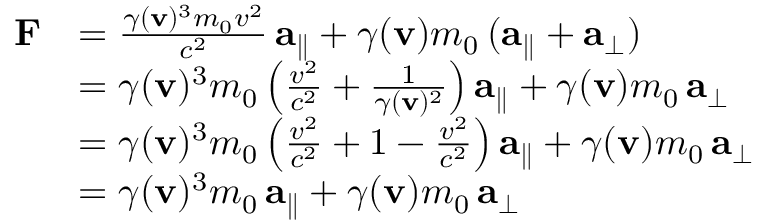
{ \begin{array} { r l } { \mathbf { F } } & { = { \frac { \gamma ( \mathbf { v } ) ^ { 3 } m _ { 0 } v ^ { 2 } } { c ^ { 2 } } } \, \mathbf { a } _ { \parallel } + \gamma ( \mathbf { v } ) m _ { 0 } \, ( \mathbf { a } _ { \parallel } + \mathbf { a } _ { \perp } ) } \\ & { = \gamma ( \mathbf { v } ) ^ { 3 } m _ { 0 } \left( { \frac { v ^ { 2 } } { c ^ { 2 } } } + { \frac { 1 } { \gamma ( \mathbf { v } ) ^ { 2 } } } \right) \mathbf { a } _ { \parallel } + \gamma ( \mathbf { v } ) m _ { 0 } \, \mathbf { a } _ { \perp } } \\ & { = \gamma ( \mathbf { v } ) ^ { 3 } m _ { 0 } \left( { \frac { v ^ { 2 } } { c ^ { 2 } } } + 1 - { \frac { v ^ { 2 } } { c ^ { 2 } } } \right) \mathbf { a } _ { \parallel } + \gamma ( \mathbf { v } ) m _ { 0 } \, \mathbf { a } _ { \perp } } \\ & { = \gamma ( \mathbf { v } ) ^ { 3 } m _ { 0 } \, \mathbf { a } _ { \parallel } + \gamma ( \mathbf { v } ) m _ { 0 } \, \mathbf { a } _ { \perp } } \end{array} }